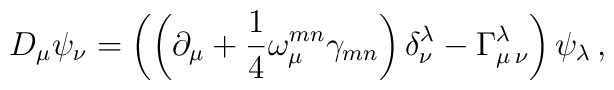
D_\mu \psi_\nu = \left( \left( \partial_\mu +\frac{1}{4} \omega_\mu^{m n} \gamma_{m n} \right)\delta_\nu^\lambda - \Gamma_{\mu \, \nu}^\lambda \right)\psi_\lambda\,,